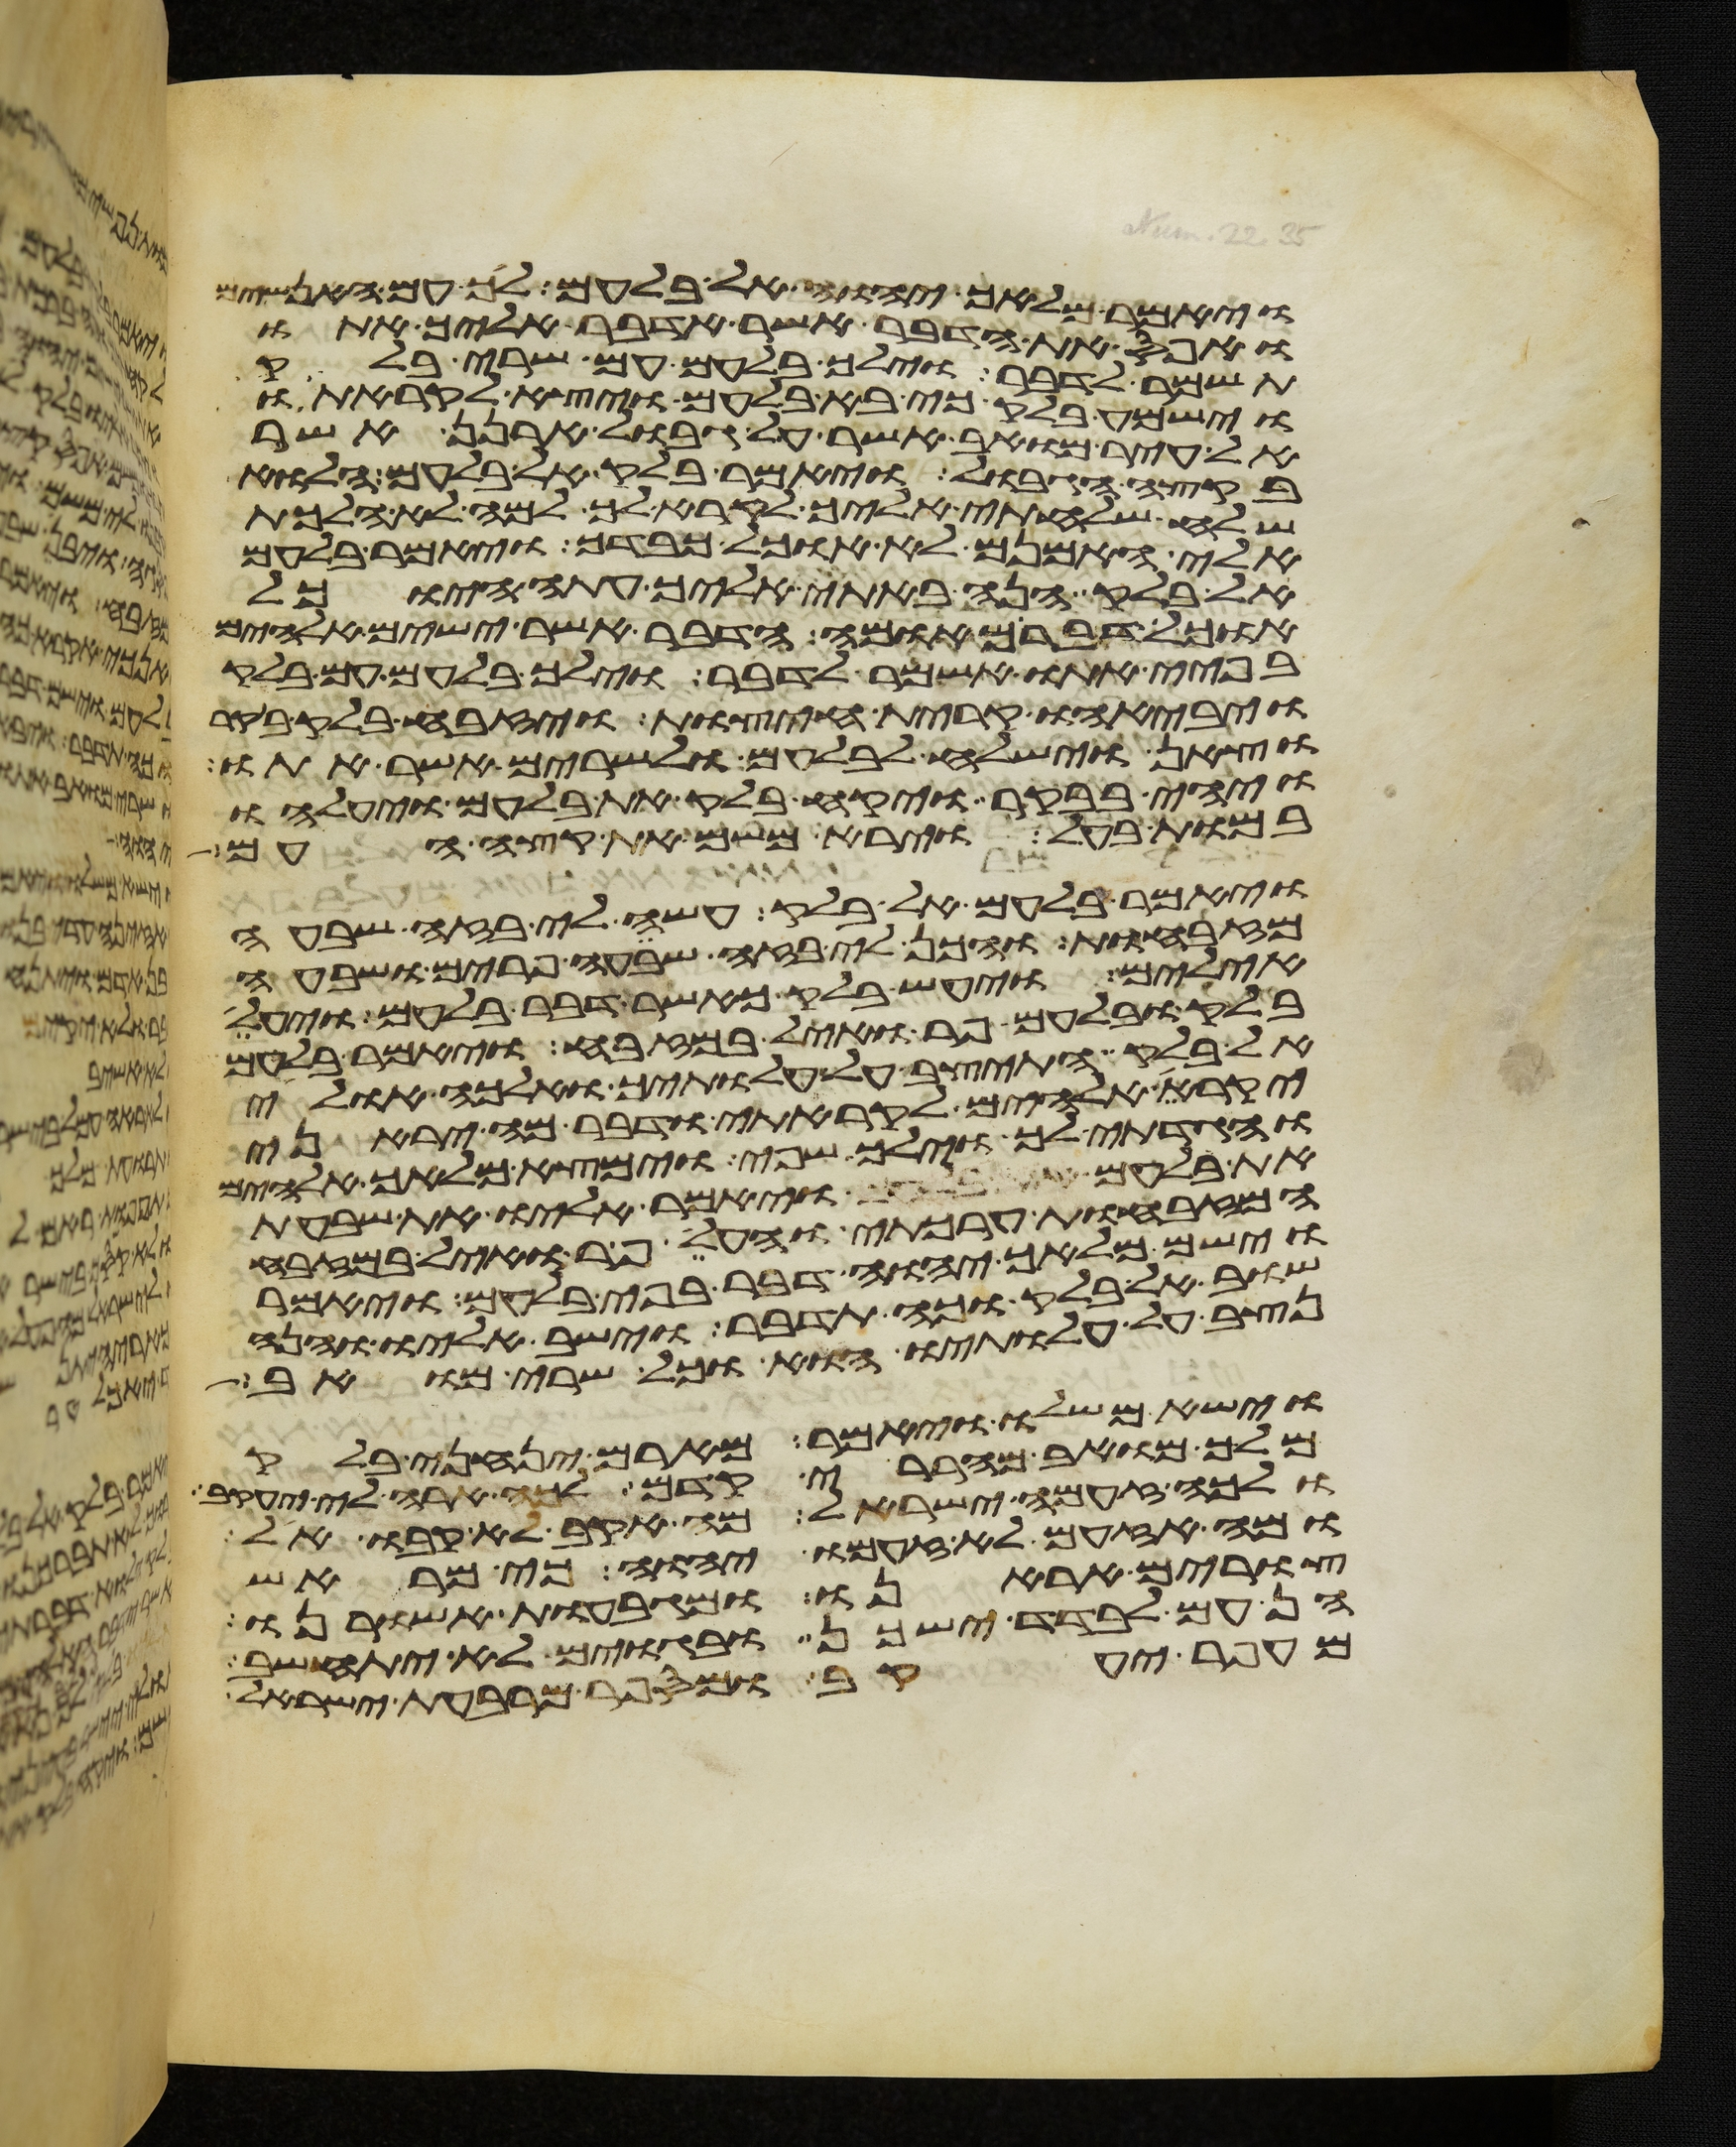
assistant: ויאמר מלאך יהוה אל בלעם לך עם האנשים
ואפס את הדבר אשר אדבר אליך אתו
תשמר לדבר וילך בלעם עם שרי בלק
וישמע בלק כי בא בלעם ויצא לקראתו
אל עיר מואב אשר על גבול ארנן אשר
בקצה הגבול ויאמר בלק אל בלעם הלוא
שלח שלחתי אליך לקרא לך למה לא הלכת
אלי האמנם לא אוכל כבדך ויאמר בלעם
אל בלק הנה באתי אליך עתה היוכל
אוכל דבר מאומה הדבר אשר ישים אלהים
בפיי אתו אשמר לדבר וילך בלעם עם בלק
ויבאהו קרית חיצות ויזבח בלק בקר
וצאן וישלח לבלעם ולשרים אשר אתו
ויהי בבקר ויקח בלק את בלעם ויעלהו
במות בעל וירא משם את קצה העם
ויאמר בלעם אל בלק עשה לי בזה שבעה
מזבחות והכן לי בזה שבעה פרים ושבעה
אילים ויעש בלק כאשר דבר בלעם ויעל
בלק ובלעם פר ואיל במזבח ויאמר בלעם
אל בלק התיצב על עלתיך ואלכה אולי
יקרא אלהים לקראתי ודבר מה יראני
והגדתי לך וילך שפי וימצא מלאך אלהים
את בלעם ויאמר אליו את שבעת
המזבחות ערכתי ואעלה פר ואיל במזבח
וישם מלאך יהוה דבר בפי בלעם ויאמר
שוב אל בלק וכה תדבר וישב אליו והנה
נצב על עלתיו הוא וכל שרי מואב
וישא משלו ויאמר מארם ינחני בלק
מלך מואב מהררי קדם לכה ארה לי יעקב
ולכה זעמה ישראל מה אקב לא קבו אל
ומה אזעם לא זעם יהוה כי מראש
צורים אראנו ומגבעות אשורנו
הן עם לבדד ישכן ובגוים לא יתחשב
עפר יעקב ומי ספר מרבע ישראל